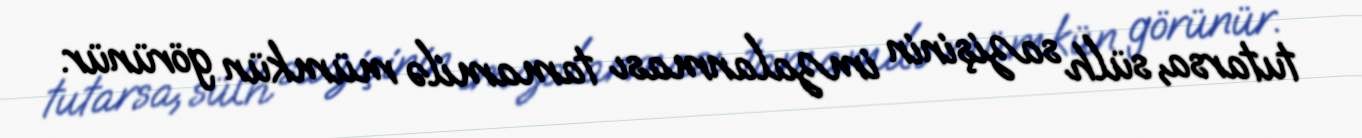
tutarsa, sülh sazişinin imzalanması tamamilə mümkün görünür.